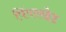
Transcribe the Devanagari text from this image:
पिंपरखेड